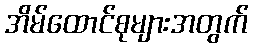
အိမ်ထောင်စုများအတွက်